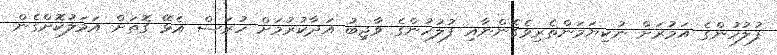
ފުލުހުންގެ އަމުރަށް ނުކިޔަމަންތެރިވެގެންނާއި ފުލުހުންގެ ވާޖިބު އަދާކުރުމަށް ހުރަސް އެޅޭ ގޮތަށް އަމަލުކޮށްގެން